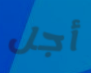
أجل